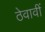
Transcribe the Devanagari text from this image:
ठेवावीं